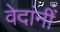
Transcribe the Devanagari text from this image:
वेदांनीं